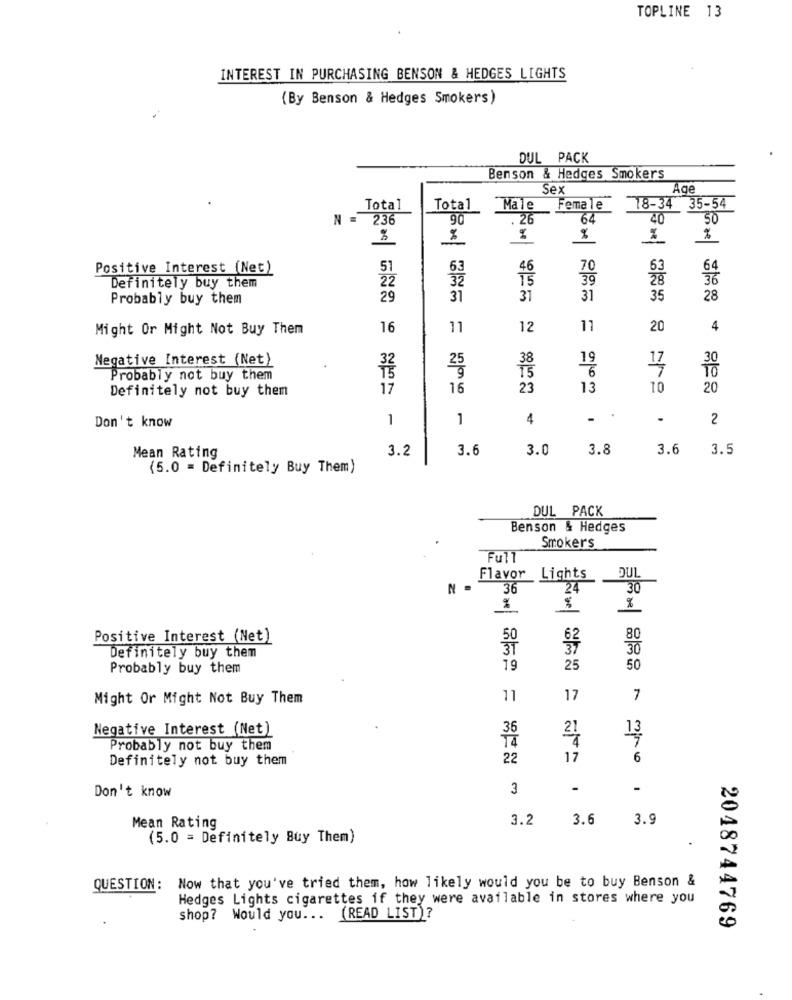
TOPLINE 13
INTEREST IN PURCHASING BENSON & HEDGES LIGHTS
(By Benson & Hedges Smokers)
DUL PACK
Benson & Hedges Smokers
Sex
Age
Total
Total
Male
Female
18-34 35-54
N =
236
90
26
64
40
50
%
%
Positive Interest (Net)
5
63
46
70
64
22
32
15
39
36
Definitely buy them
Probably buy them
29
31
31
31
35
28
Might Or Might Not Buy Them
16
11
12
11
20
4
Negative Interest (Net)
38
19
IS
6
17
Probably not buy them
Definitely not buy them
17
16
23
13
10
20
1
1
4
.
2
Don't know
3.2
3.6
3.0
3.8
3.6 3.5
Mean Rating
(5.0 = Definitely Buy Them)
DUL PACK
Benson & Hedges
Smokers
Full
Flavor Lights
DUL
N .
36
24
30
%
%
Positive Interest (Net)
80
30
Definitely buy them
Probably buy them
19
25
50
Might Or Might Not Buy Them
11
17
7
Negative Interest (Net)
21
Probably not buy them
Definitely not buy them
22
17
6
Don't know
3
-
-
3.2
3.6
3.9
Mean Rating
(5.0 = Definitely Buy Them)
Now that you've tried them, how likely would you be to buy Benson &
QUESTION :
Hedges Lights cigarettes if they were available in stores where you
shop? Would you ... (READ LIST)?
2048744769